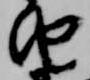
由